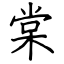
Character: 棠